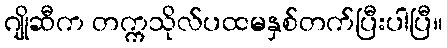
ဂျိုဆီက တက္ကသိုလ်ပထမနှစ်တက်ပြီးပါပြီ။